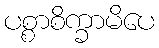
ပစ္စာစိက္ခာမိပေ